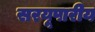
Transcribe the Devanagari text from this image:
सरयूपारीय